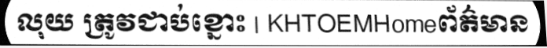
លុយ ត្រូវជាប់ខ្នោះ | KHTOEMHomeព័ត៌មាន